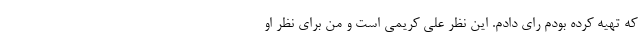
که تهیه کرده بودم رای دادم. این نظر علی کریمی است و من برای نظر او